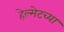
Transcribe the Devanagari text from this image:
हेल्मेटच्या